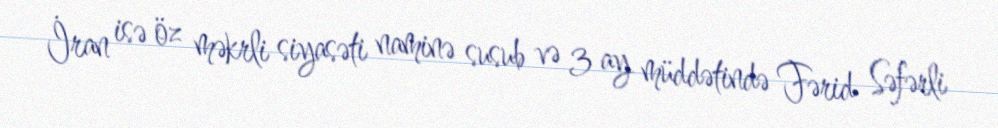
İran isə öz məkrli siyasəti naminə susub və 3 ay müddətində Fərid Səfərli